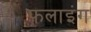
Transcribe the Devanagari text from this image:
फ़लाइंग